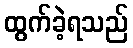
ထွက်ခဲ့ရသည်